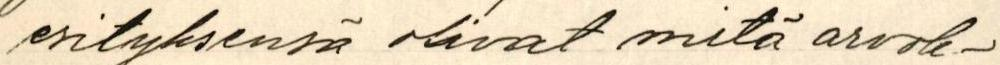
esityksensä olivat mitä arvok-